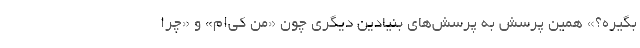
بگيره؟» همين پرسش به پرسش‌هاي بنيادين ديگري چون «من كي‌ام» و «چرا